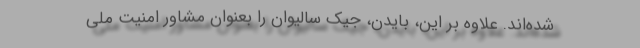
شده‌اند. علاوه بر این، بایدن، جیک سالیوان را بعنوان مشاور امنیت ملی